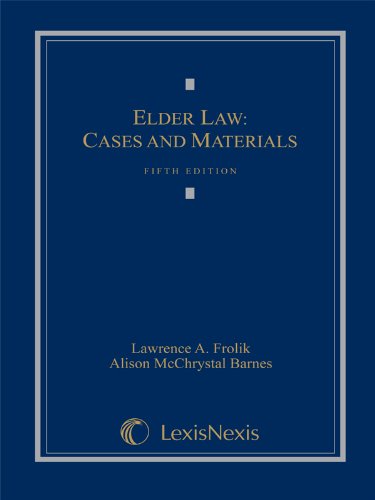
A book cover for Elder Law: Cases and Materials; Lawrence A. Frolik & Alison M. Barnes; Law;